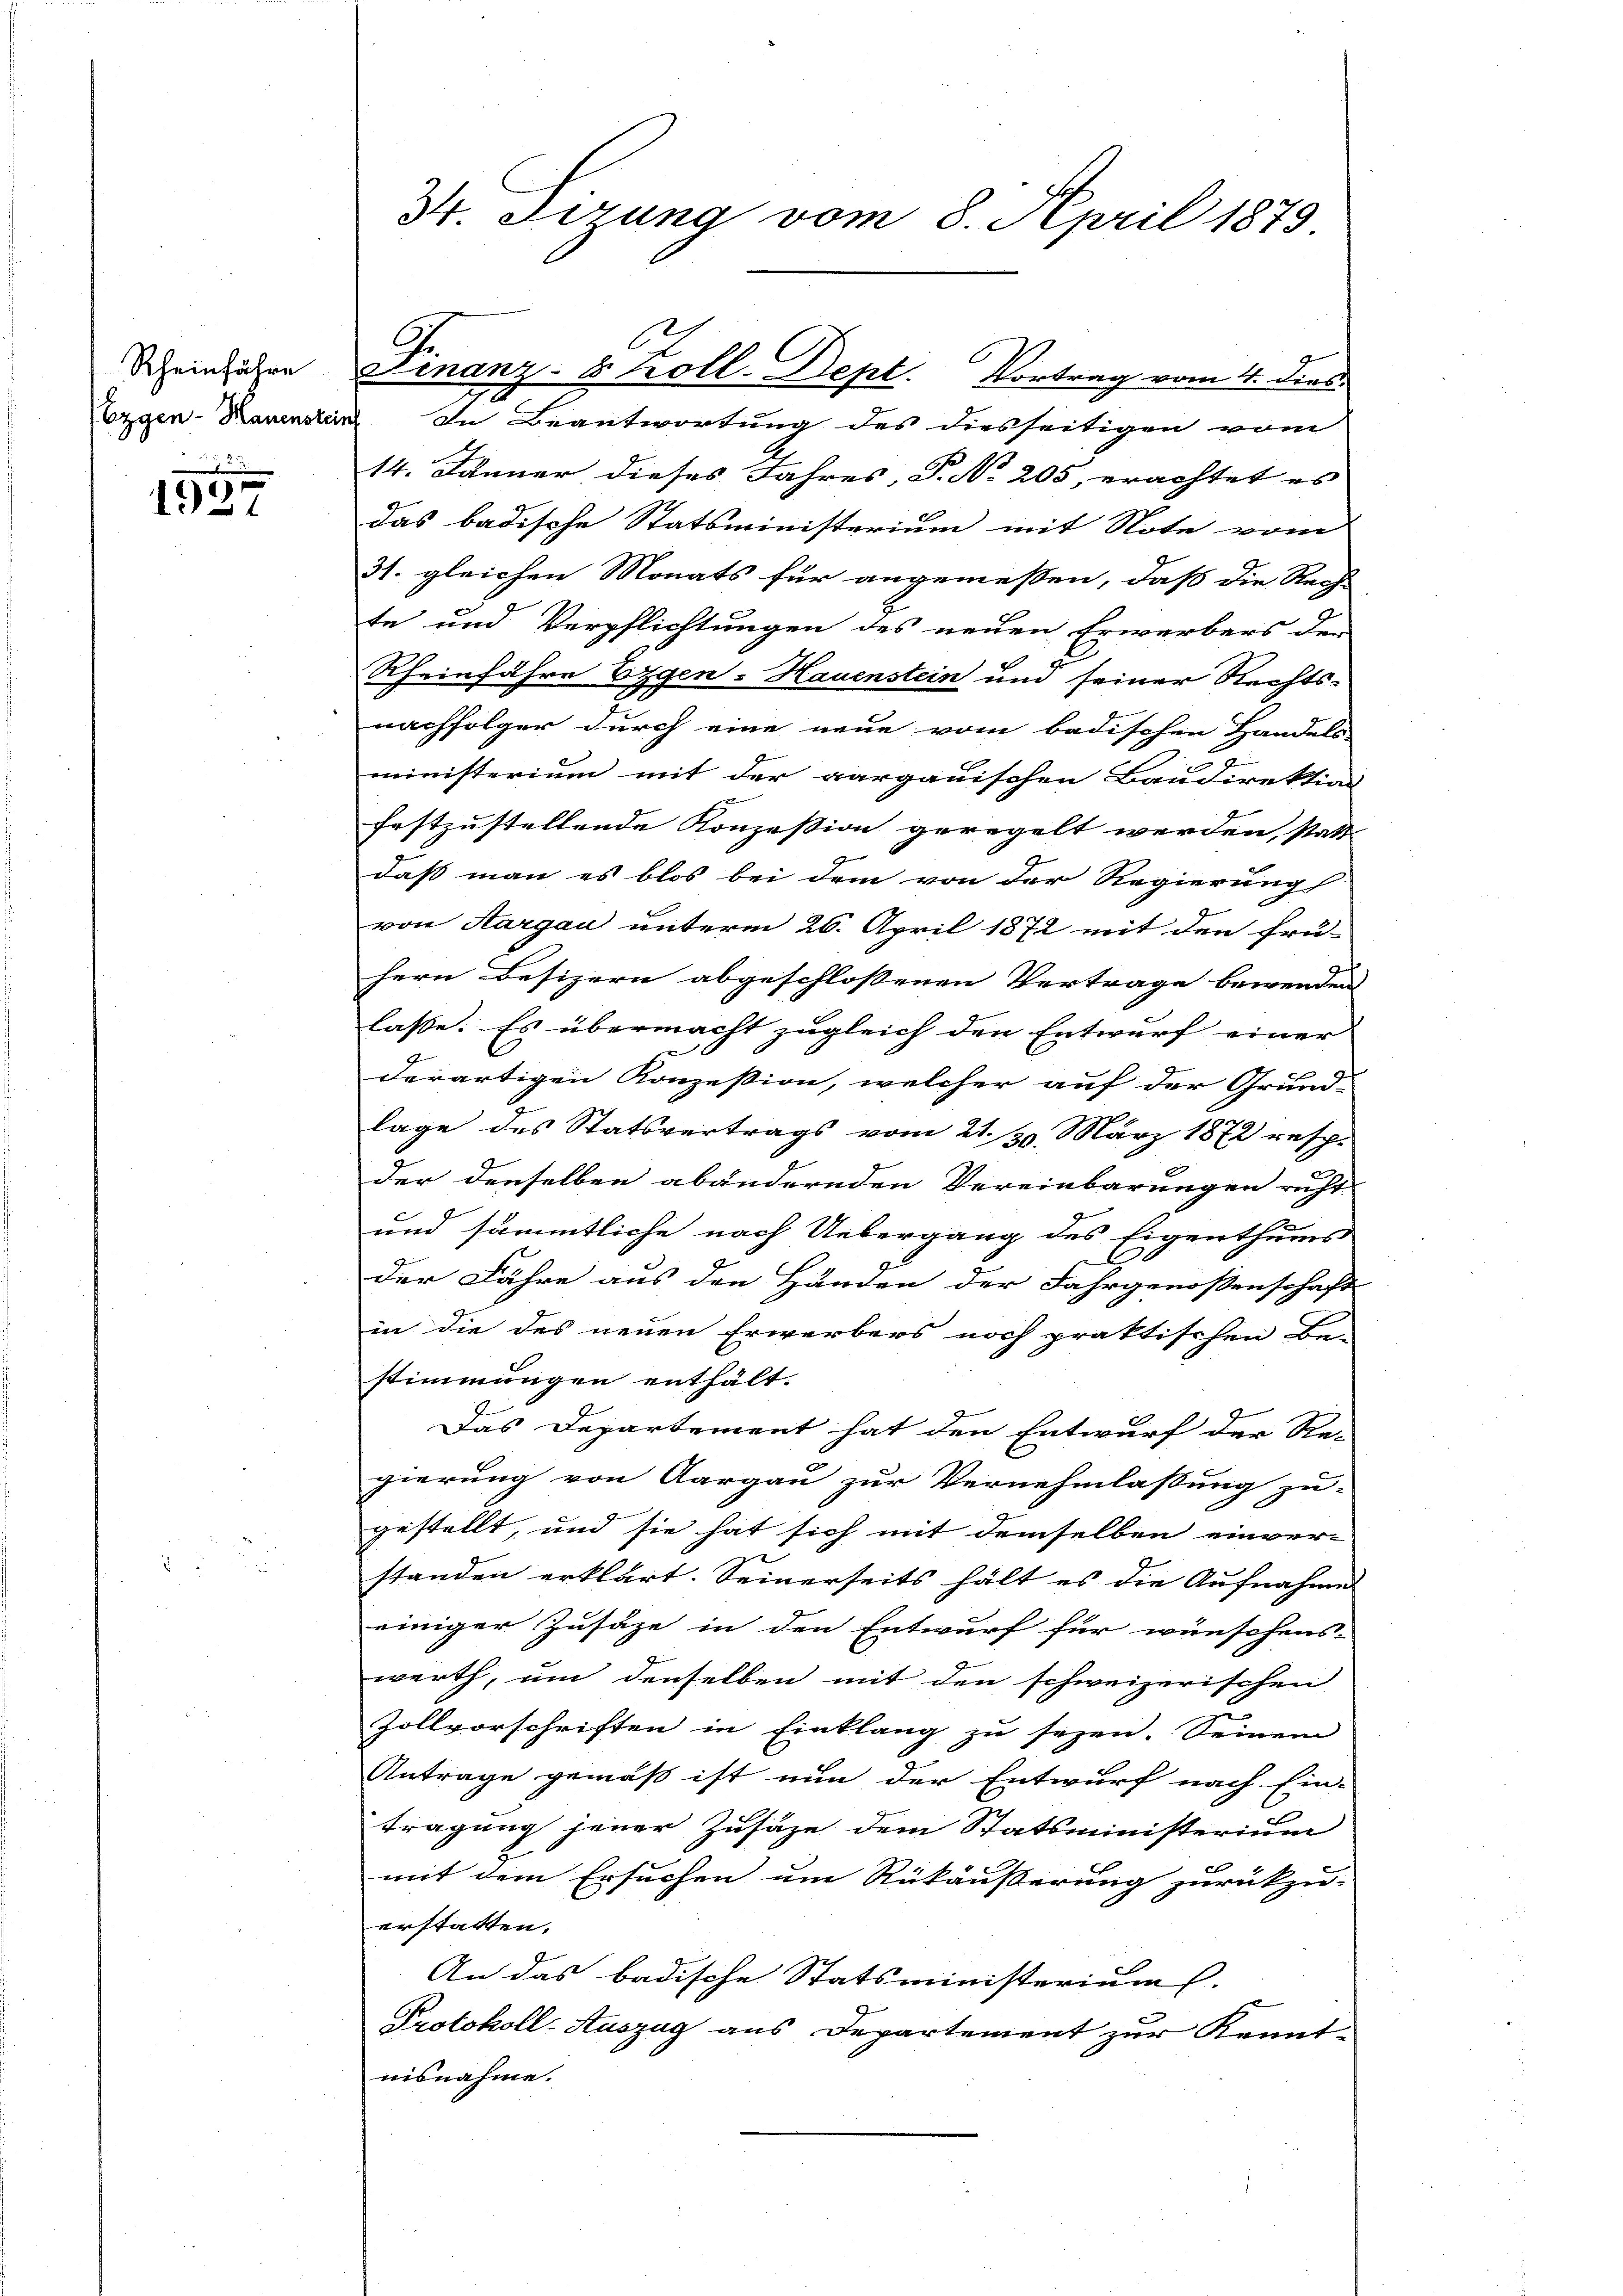
Rheinführe

|
1927

Ezgen-Hauenstein In Beantwortung des diesseitigen vom
14. Jänner dieses Jahres, P. No 205, erachtet es
das badische Statsministerium mit Note vom
31. gleichen Monats für angemeßen, daß die Rech-
te und Verpflichtungen des neuen Erwerbers den
e
Rheinfahre Eigen-Hauenstein und seiner Rechts-
nachfolger durch eine neue vom badischen Handels
ministerium mit der aargauischen Baudirektion
festzustellende Konzession geregelt werden, statt
daß man es blos bei dem von der Regierung

von Aargau unterm 26. April 1872 mit den frü-
hern Besizern abgeschlossenen Vertrage bewenden
lasse. Es übermacht zugleich den Entwurf einer
derartigen Konzession, welcher auf der Grund-
lage des Statsvertrags vom 21. 30. März 1872 resp.
der denselben abändernden Vereinbarungen richt
und sämmtliche nach Uebergang des Eigenthums
der Fähre aus den Händen der Fahrgenoßenschaft
in die des neuen Erwerbers noch praktischen Be-
stimmungen enthält.
S
Das Departement hat den Entwurf der Re-
gierung von Aargau zur Vernehmlassung zu-
gestellt, und sie hat sich mit demselben einver-
standen erklärt. Seinerseits hält es die Aufnahme
einiger Zusätze in den Entwurf für wünschens-
werth, um denselben mit den schweizerischen
Zollvorschriften in Einklang zu sezen. Seinem
Antrage gemäß ist nun der Entwurf nach Ein-
tragung jener Zusätze dem Statsministerium
mit dem Ersuchen um Rükäußerung zurückzu-
erstatten.
An das badische Statsministerium.
Protokoll-Auszug aus Departement zur Kennt-
nisnahme.

34. Ferung vom 8. April 1879

Finanz- 8 Koll-Dept. Vortrag vom 4. dies